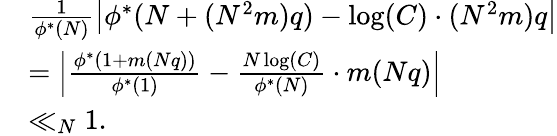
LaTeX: \begin{array}{rl}&{\frac{1}{\phi^{*}(N)}\left|\phi^{*}(N+(N^{2}m)q)-\log(C)\cdot(N^{2}m)q\right|}\\ &{=\left|\frac{\phi^{*}(1+m(Nq))}{\phi^{*}(1)}-\frac{N\log(C)}{\phi^{*}(N)}\cdot m(Nq)\right|}\\ &{\ll_{N}1.}\end{array}